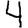
Digit: 4